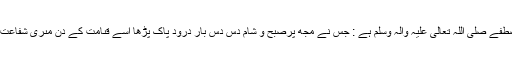
فَرمانِ مصطفے ٰصَلَّی اللّٰہُ تَعَالٰی عَلَیْہِ وَاٰلہٖ وَسَلَّم ہے : جس نے مجھ پرصبح و شام دَس دَس بار دُرُودِ پاک پڑھا اُسے قىامت کے دِن مىرى شَفاعت ملے گى ۔